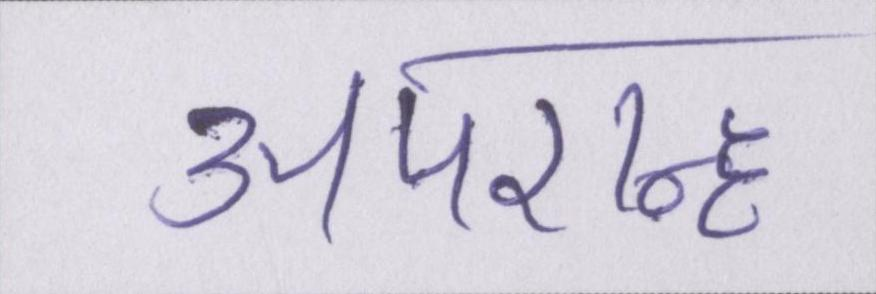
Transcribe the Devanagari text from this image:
अपरान्ह